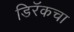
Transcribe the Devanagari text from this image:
डिरॅकचा